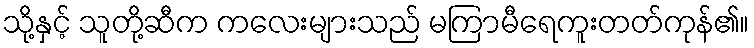
သို့နှင့် သူတို့ဆီက ကလေးများသည် မကြာမီရေကူးတတ်ကုန်၏။